NAE_kihelkonnakohtute_kirjad_ja_protokollid_1869-1889, lk 19
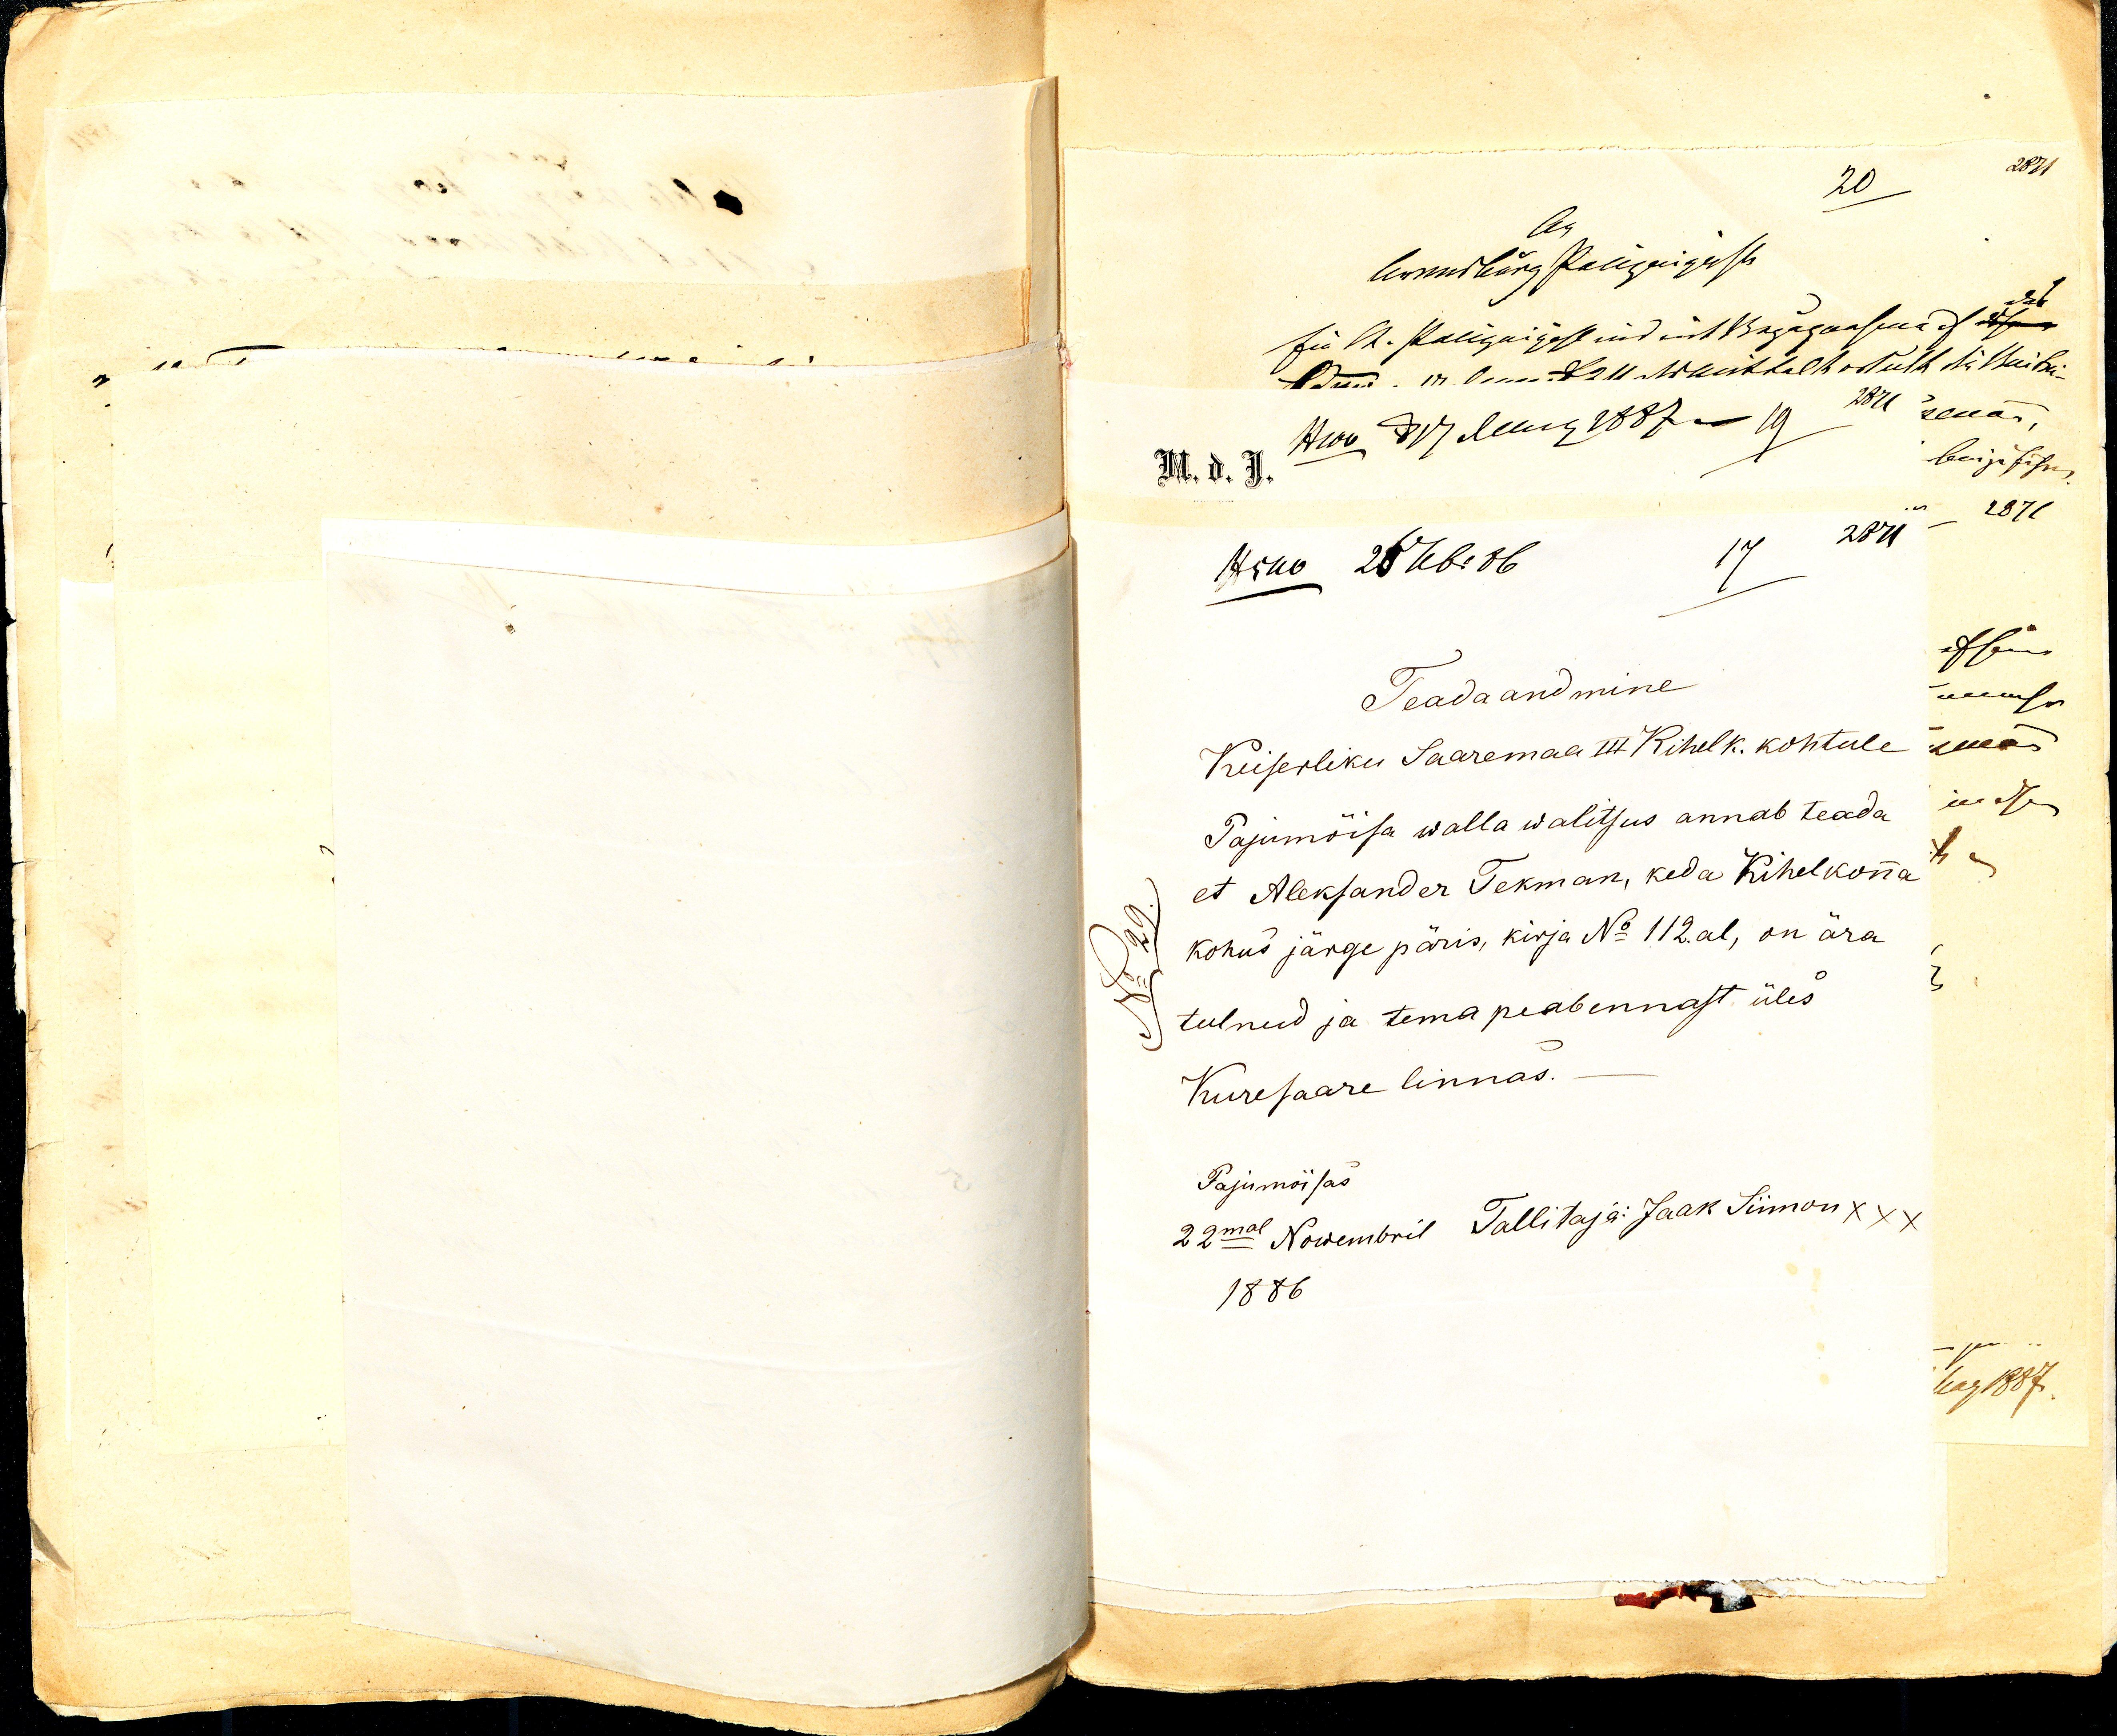
Teadaandmine 
Keiserliku Saaremaa III Kihelk. Kohtule.
Pajumõisa walla walitsus annab teada 
et Alexander Tekman, keda Kihelkonna 
kohus järge päris, kirja No 112. al, on ära 
tulnud ja tema peab ennast üles 
Kuresaare linnas.
Pajumõisas 
22mal Nowembril Tallittaja: Jaak Siimon xxx
1886